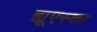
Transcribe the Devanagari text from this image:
ह्यूएस्का